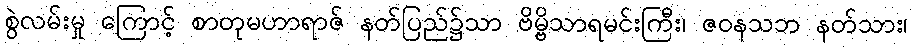
စွဲလမ်းမှု ကြောင့် စာတုမဟာရာဇ် နတ်ပြည်၌သာ ဗိမ္ဗိသာရမင်းကြီး၊ ဇဝနသဘ နတ်သား၊